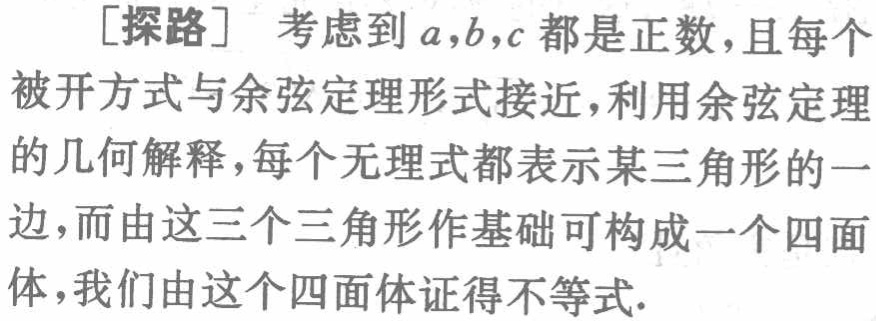
[探路] 考虑到 \(a,b,c\) 都是正数，且每个被开方式与余弦定理形式接近，利用余弦定理的几何解释，每个无理式都表示某三角形的一边，而由这三个三角形作基础可构成一个四面体，我们由这个四面体证得不等式.